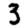
Digit: 3